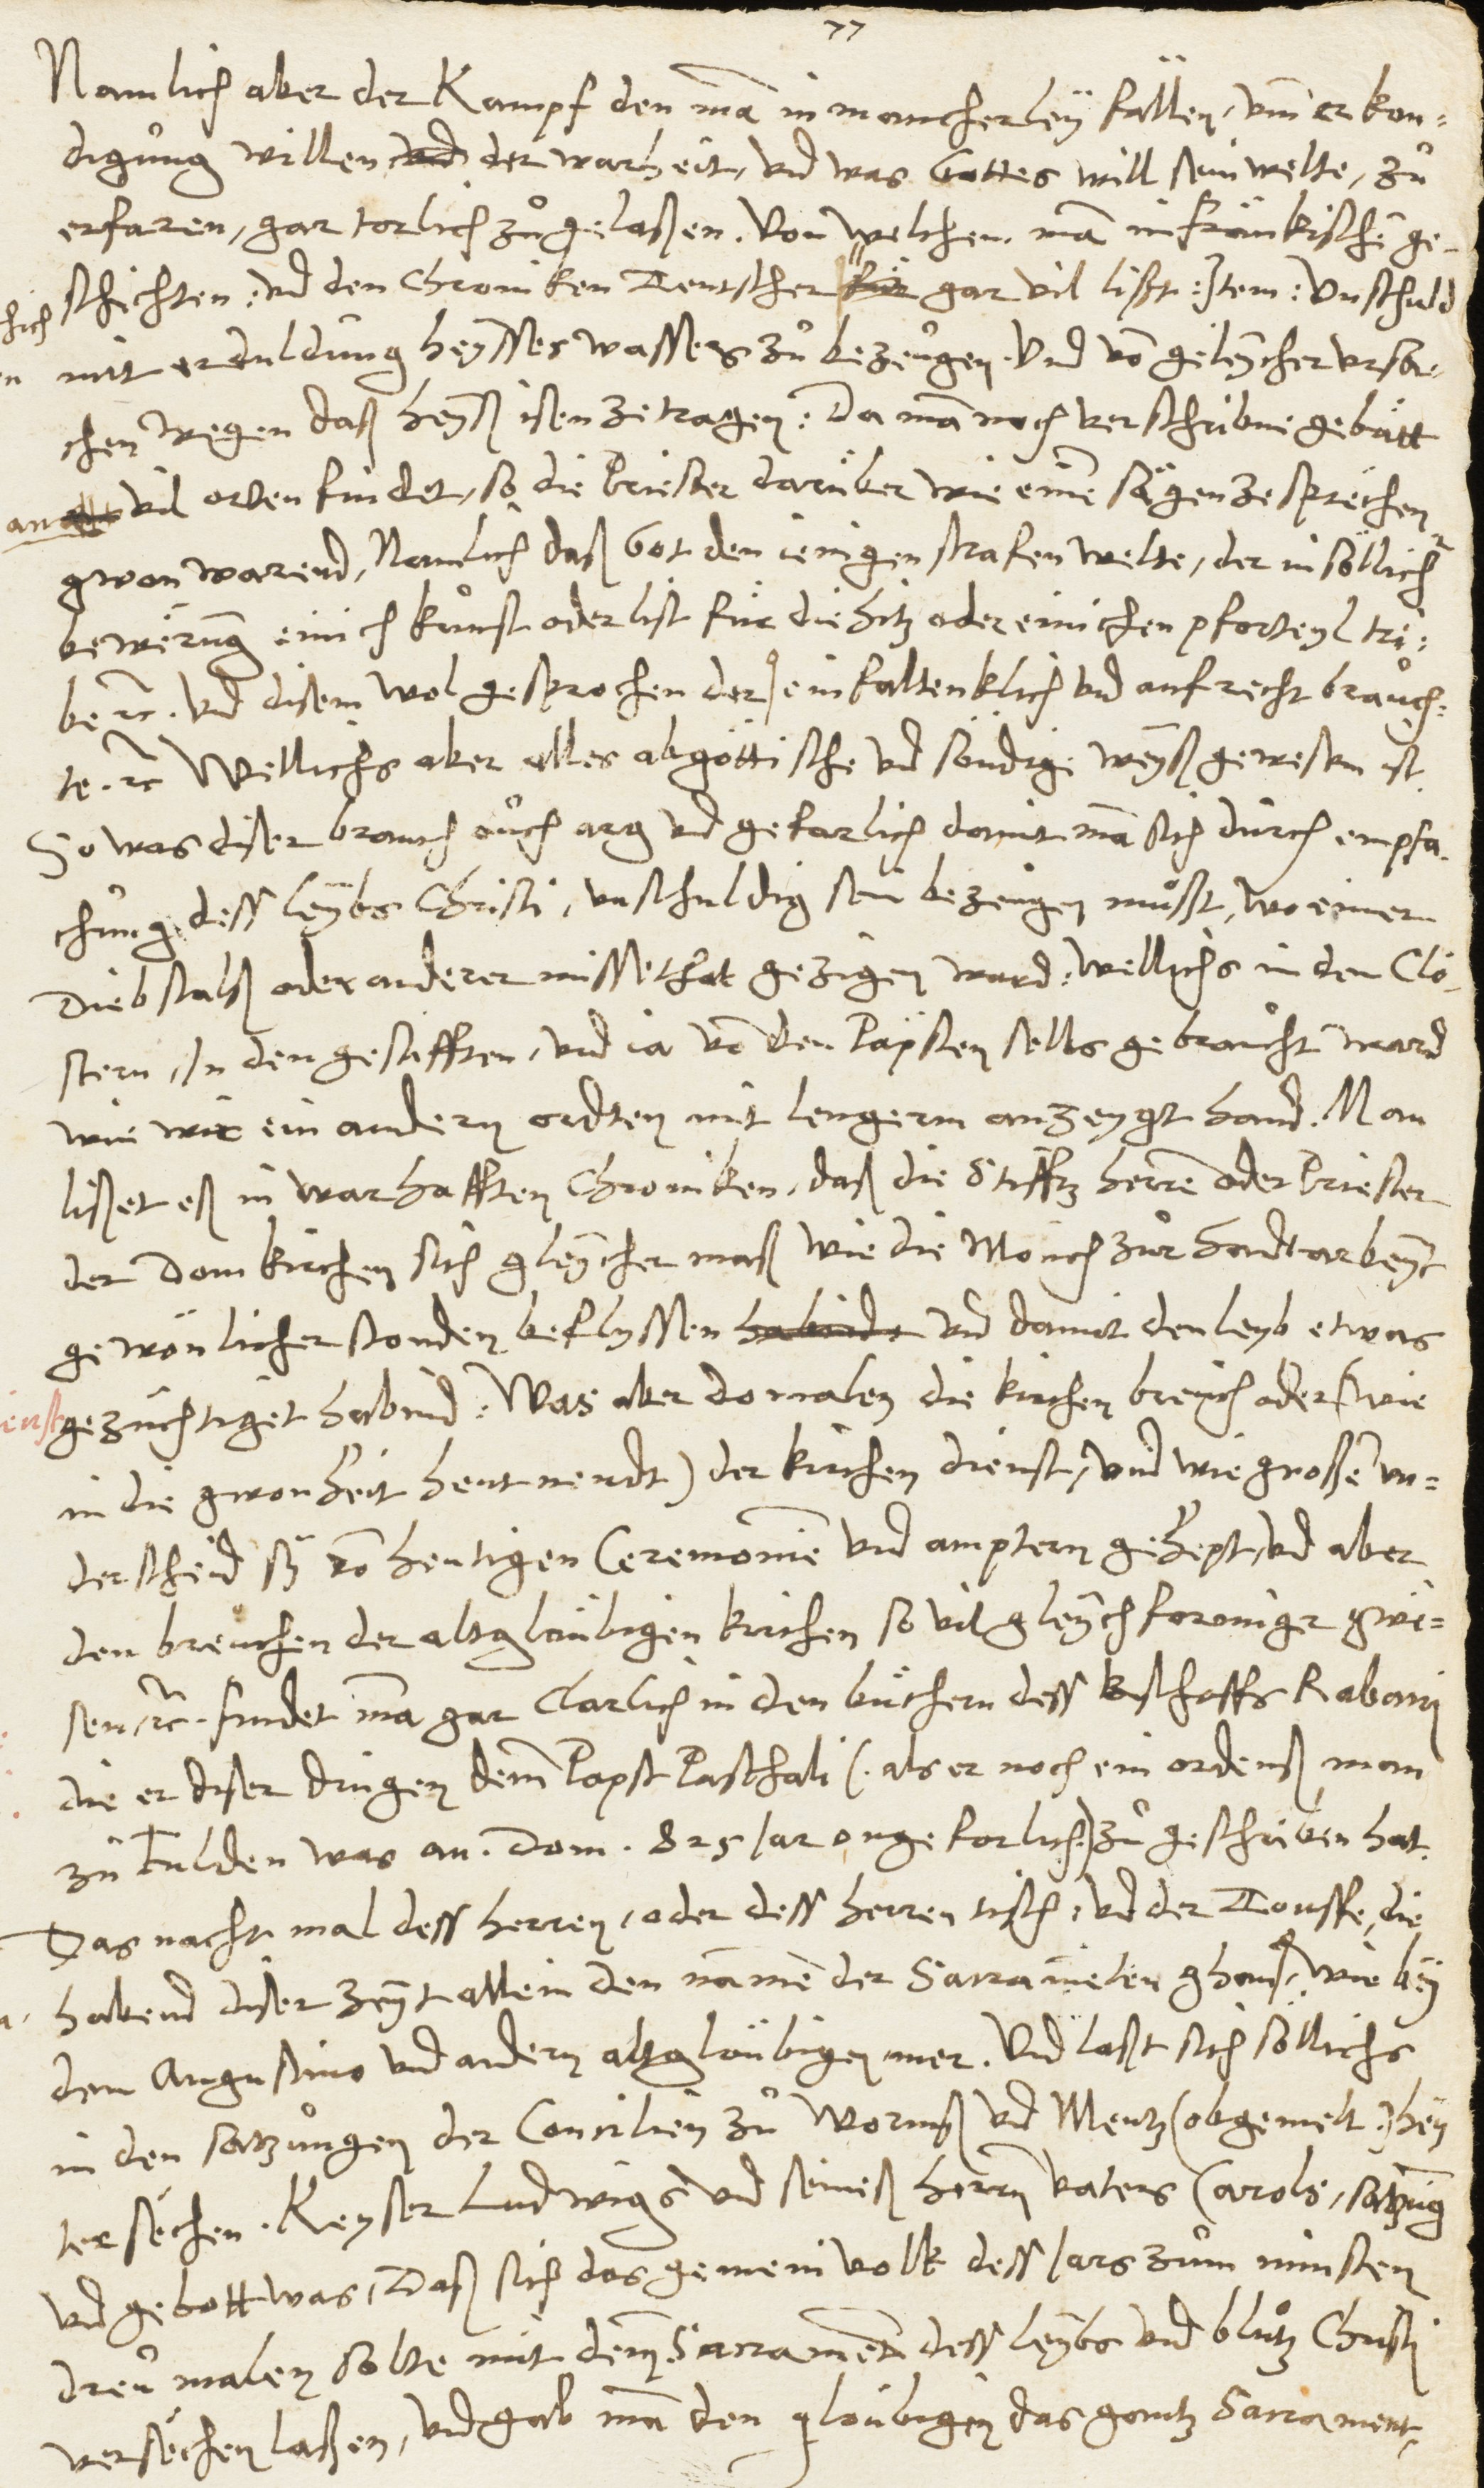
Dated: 1545–1546